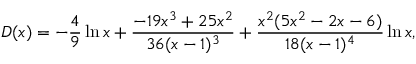
D ( x ) = - \frac { 4 } { 9 } \ln x + \frac { - 1 9 x ^ { 3 } + 2 5 x ^ { 2 } } { 3 6 ( x - 1 ) ^ { 3 } } + \frac { x ^ { 2 } ( 5 x ^ { 2 } - 2 x - 6 ) } { 1 8 ( x - 1 ) ^ { 4 } } \ln x ,